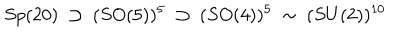
S p ( 2 0 ) ~ \supset ~ ( S O ( 5 ) ) ^ { 5 } ~ \supset ~ ( S O ( 4 ) ) ^ { 5 } ~ \sim ~ ( S U ( 2 ) ) ^ { 1 0 }